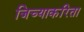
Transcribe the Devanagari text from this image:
जिच्याकरिता